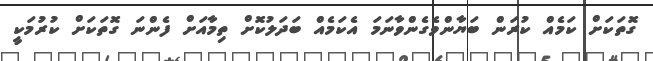
ގޮތަކަށް ކަމެއް ކުރަން ބަޔާންވެގެންވާނަމަ އެކަމެއް ބަދަލުކޮށް ތިމާއަށް ފެންނަ ގޮތަކަށް ކުރުމަކީ